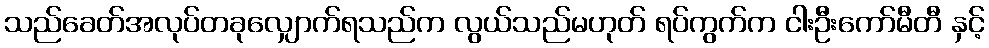
သည်ခေတ်အလုပ်တခုလျှောက်ရသည်က လွယ်သည်မဟုတ် ရပ်ကွက်က ငါးဦးကော်မီတီ နှင့်